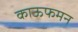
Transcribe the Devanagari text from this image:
काऊफमन